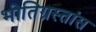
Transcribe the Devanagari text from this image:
भीतिग्रस्तांस